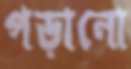
পড়ানো